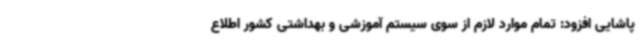
پاشایی افزود: تمام موارد لازم از سوی سیستم آموزشی و بهداشتی کشور اطلاع